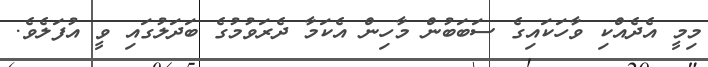
މިމީ އެދެއްކި ވާހަކައިގެ ސަބަބުން މާހިން އެކަމާ ދެރަވުމުގެ ބަދަލުގައި ވީ އުފަލެވެ.